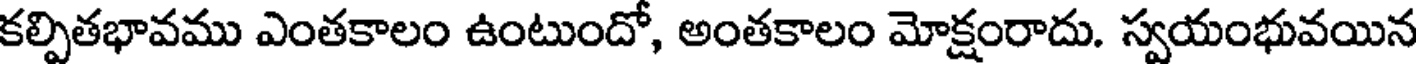
కల్పితభావము ఎంతకాలం ఉంటుందో, అంతకాలం మోక్షంరాదు. స్వయంభువయిన